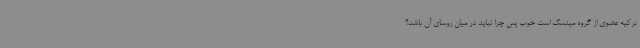
ترکیه عضوی از گروه مینسک است خوب پس چرا نباید در میان روسای آن باشد؟